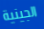
الجينية